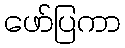
ဖော်ပြကာ